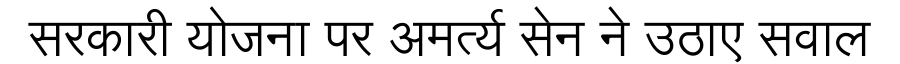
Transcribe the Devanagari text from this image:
सरकारी योजना पर अमर्त्य सेन ने उठाए सवाल